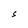
Character: S